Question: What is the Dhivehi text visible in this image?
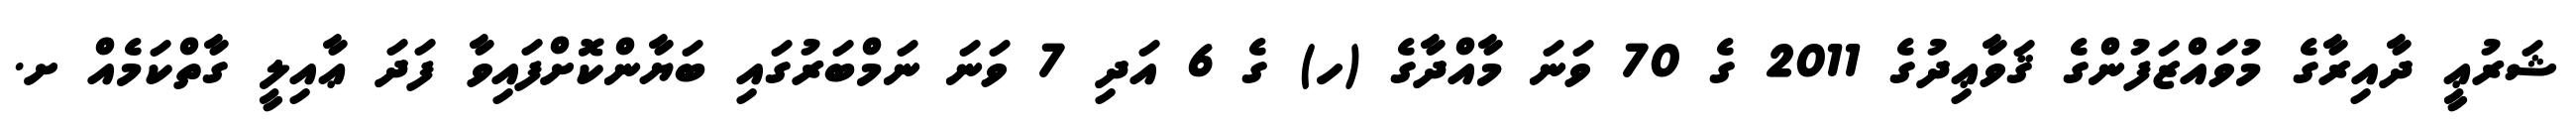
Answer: ޝަރުޢީ ދާއިރާގެ މުވައްޒަފުންގެ ޤަވާޢިދުގެ 2011 ގެ 70 ވަނަ މާއްދާގެ (ހ) ގެ 6 އަދި 7 ވަނަ ނަމްބަރުގައި ބަޔާންކޮށްފައިވާ ފަދަ ޢާއިލީ ގާތްކަމެއް ށ.